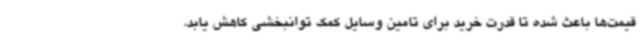
قیمت‌ها باعث شده تا قدرت خرید برای تامین وسایل کمک توانبخشی کاهش یابد.